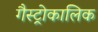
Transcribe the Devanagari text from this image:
गैस्ट्रोकालिक